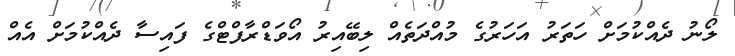
ލޯނު ދެއްކުމަށް ހަތަރު އަހަރުގެ މުއްދަތެއް ލިބޭއިރު އޯވަޑްރާފްޓްގެ ފައިސާ ދެއްކުމަށް އެއް